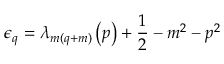
\epsilon _ { q } = \lambda _ { m ( q + m ) } \left( p \right) + \frac { 1 } { 2 } - m ^ { 2 } - p ^ { 2 }